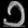
Digit: ၁